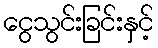
ငွေသွင်းခြင်းနှင့်